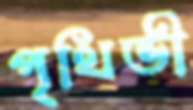
পৃথিভী